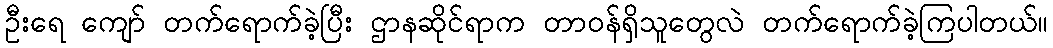
ဦးရေ ကျော် တက်ရောက်ခဲ့ပြီး ဌာနဆိုင်ရာက တာဝန်ရှိသူတွေလဲ တက်ရောက်ခဲ့ကြပါတယ်။